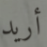
أريد